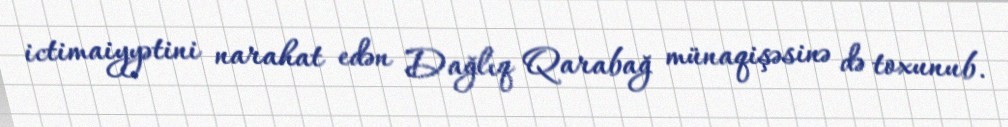
ictimaiyyətini narahat edən Dağlıq Qarabağ münaqişəsinə də toxunub.